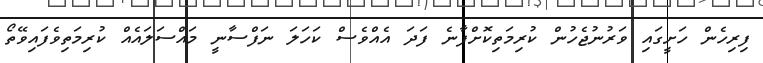
ފިރިހެން ހަށީގައި ވަރުނުޖެހުން ކުރިމަތިކޮށްފާނެ ފަދަ އެއްވެސް ކަހަލަ ނަފްސާނީ މައްސަލައެއް ކުރިމަތިވެފައިވޭތޯ